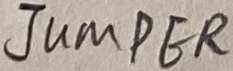
Text: JUMPER